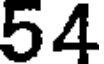
54